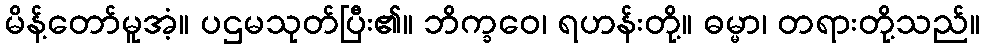
မိန့်တော်မူအံ့။ ပဌမသုတ်ပြီး၏။ ဘိက္ခဝေ၊ ရဟန်းတို့။ ဓမ္မာ၊ တရားတို့သည်။